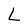
Character: L